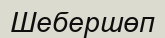
Шебершөп